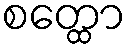
စတ္ထော